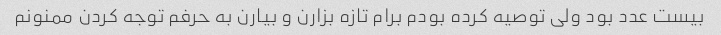
بیست عدد بود ولی توصیه کرده بودم برام تازه بزارن و بیارن به حرفم توجه کردن ممنونم